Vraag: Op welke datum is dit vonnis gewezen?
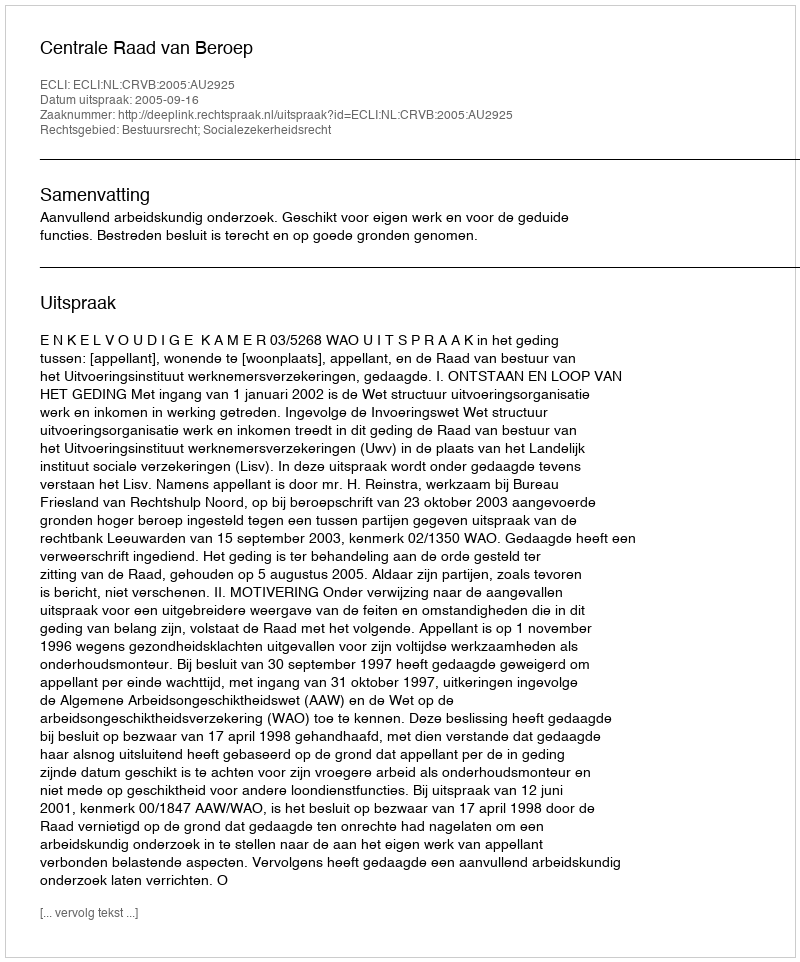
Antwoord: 2005-09-16